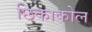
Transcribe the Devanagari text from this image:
छिकाकोल